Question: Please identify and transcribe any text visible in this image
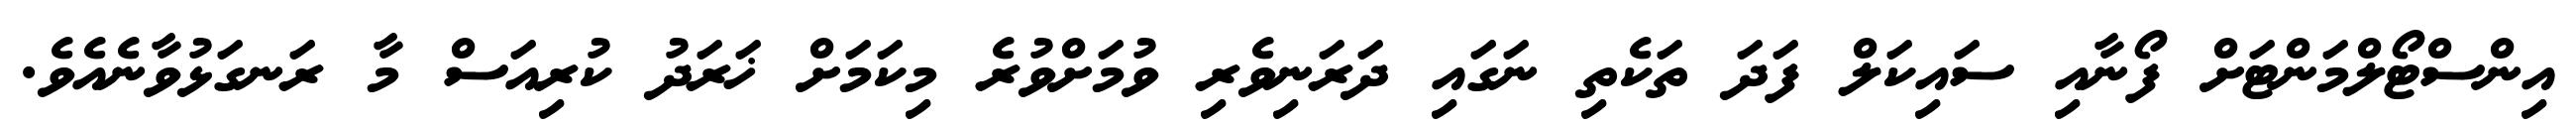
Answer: އިންސްޓޯލްމަންޓަށް ފޯނާއި ސައިކަލް ފަދަ ތަކެތި ނަގައި ދަރަނިވެރި ވުމަށްވުރެ މިކަމަށް ޚަރަދު ކުރިއަސް މާ ރަނގަޅުވާނެއެވެ.